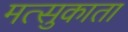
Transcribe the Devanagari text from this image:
मत्सुकाता